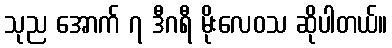
သုည အောက် ၇ ဒီဂရီ မိုးလေဝသ ဆိုပါတယ်။